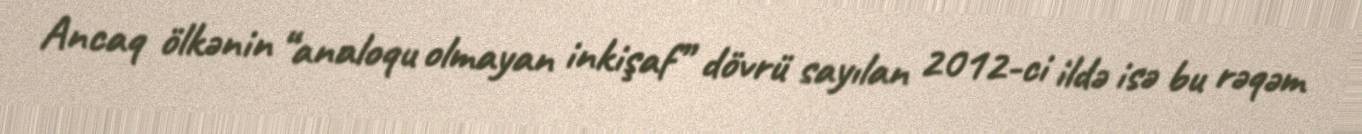
Ancaq ölkənin “analoqu olmayan inkişaf” dövrü sayılan 2012-ci ildə isə bu rəqəm